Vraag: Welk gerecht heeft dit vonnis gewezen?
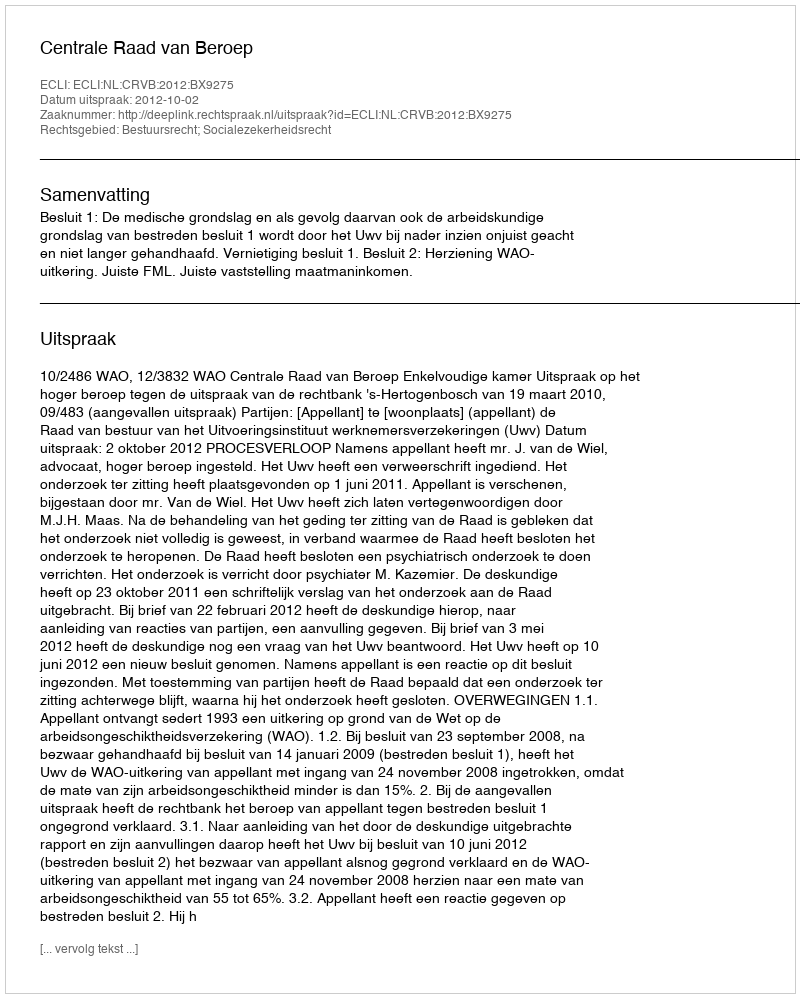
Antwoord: Centrale Raad van Beroep